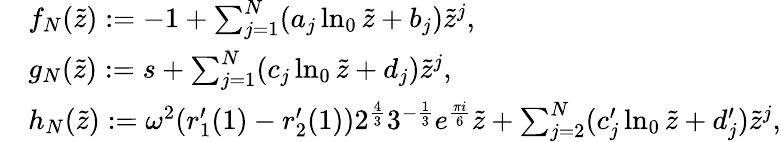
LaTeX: \begin{array}{rl}&{f_{N}(\tilde{z}):=-1+\sum_{j=1}^{N}(a_{j}\ln_{0}\tilde{z}+b_{j})\tilde{z}^{j},}\\ &{g_{N}(\tilde{z}):=s+\sum_{j=1}^{N}(c_{j}\ln_{0}\tilde{z}+d_{j})\tilde{z}^{j},}\\ &{h_{N}(\tilde{z}):=\omega^{2}(r_{1}^{\prime}(1)-r_{2}^{\prime}(1))2^{\frac{4}{3}}3^{-\frac{1}{3}}e^{\frac{\pi i}{6}}\tilde{z}+\sum_{j=2}^{N}(c_{j}^{\prime}\ln_{0}\tilde{z}+d_{j}^{\prime})\tilde{z}^{j},}\end{array}